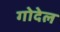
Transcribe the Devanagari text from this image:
गोदेल